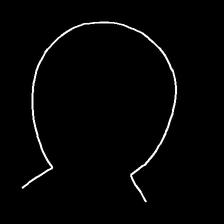
Glyph: weave